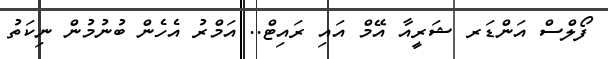
ފޯލްސް އަންޑަރ ޝަރީއާ އޭމް އައި ރައިޓް.. އަމްރު އެހެން ބުނުމުން ނިކަތު